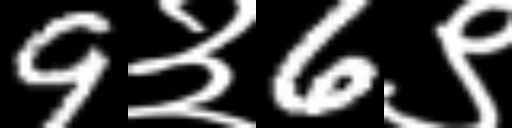
Text: 9३6९